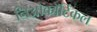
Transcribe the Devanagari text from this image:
निओकॉर्टिकल